Leningradi_Edasi_toimetus, lk 220
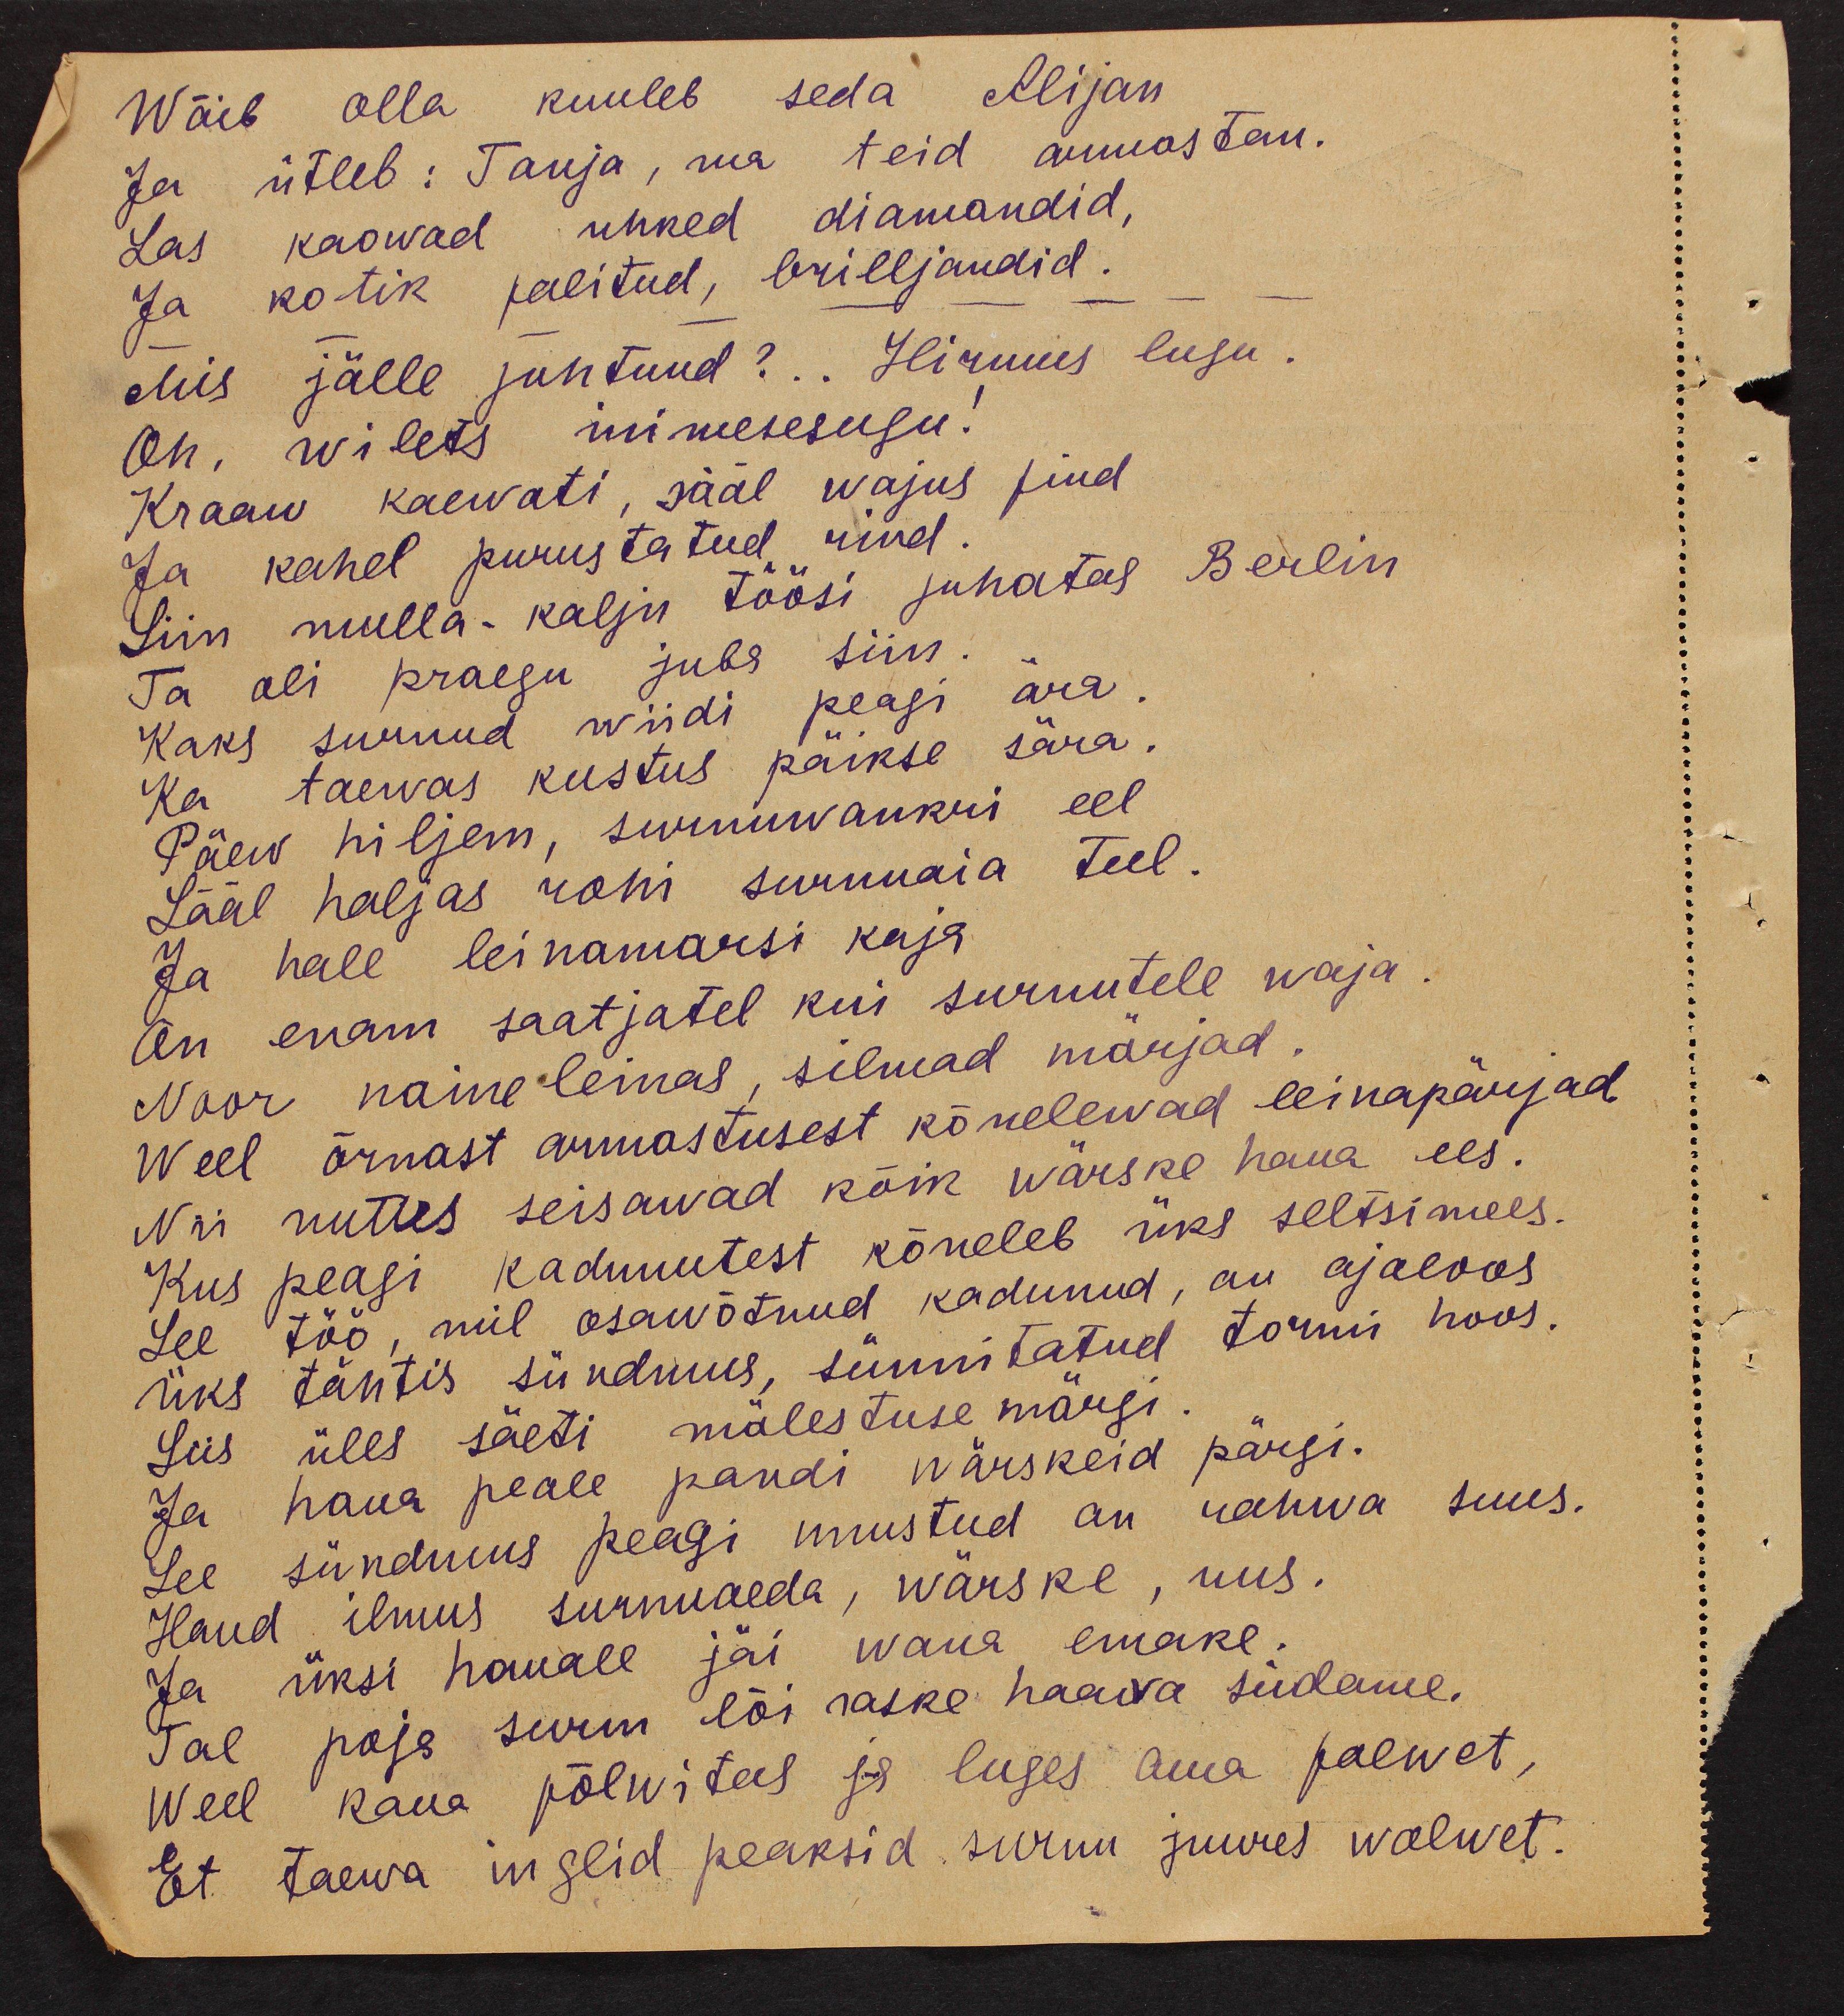
Wõib olla kuuleb seda Alijan
Ja ütleb: Tanja, ma teid armastan.
Las kaowad uhked diamandid,
Ja kotik palitud, brilljandid.
Mis jälle juhtnud?.. Hirmus lugu..
oh, wilets inimesesugu:
Kraaw kaewati, sääl wajus pind
Ja kahel purustatud rind.
Siin mulla-kalju töösi juhatas Berlin
Ta oli praegu juba siin.
Kaks surnud wiidi peagi ära.
Ka taewas kustus päikse sära.
Päew hiljem, surnuwankri eel,
Sääl haljas rohi surnuaia teel.
Ja hale leinamarsi kaja,
on enam saatjatel kui surnutele waja
Noor naine leinas, silmad märjad.
Weel õrnast armastusest kõnelewad leinapärjad
Nii nuttes seisawad kõik wärske haua ees.
Kus peagi kadunutest kõneleb üks seltsimees.
See töö, mil osavõtnud kadunud, on ajaloos
üks tahtis sündmus, sünnitatud tormi hoos.
Siis üles säeti mälestuse märgi
Ja haua peale pandi wärskeid pärgi.
See sündmus peagi unustud on rahva suus.
Haud ilmus surnuaeda, wärske, uus.
Ja üksi hauale jäi wana emake.
Tal poja surm lõi raske haava südame.
Weel kaua põlwitas ja luges oma palwet,
Et taewa inglid peaksid surnu juures walwet.